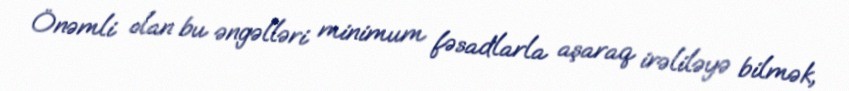
Önəmli olan bu əngəlləri minimum fəsadlarla aşaraq irəliləyə bilmək,